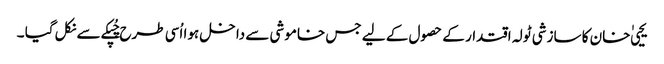
یحیی ٰ خان کا سازشی ٹولہ اقتدار کے حصول کے لیے جس خاموشی سے داخل ہوا اُسی طرح چُپکے سے نکل گیا ۔